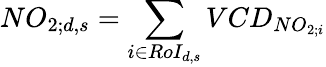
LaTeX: NO_{2;d,s}=\sum_{i\in RoI_{d,s}}VCD_{NO_{2;i}}